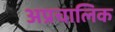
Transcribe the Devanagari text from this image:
अप्रचालिक